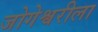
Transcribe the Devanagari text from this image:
जोगेश्वरीला